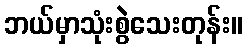
ဘယ်မှာသုံးစွဲသေးတုန်း။